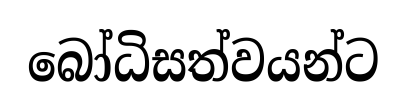
බෝධිසත්වයන්ට